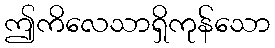
ဤကိလေသာရှိကုန်သော